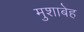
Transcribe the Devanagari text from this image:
मुशाबेह